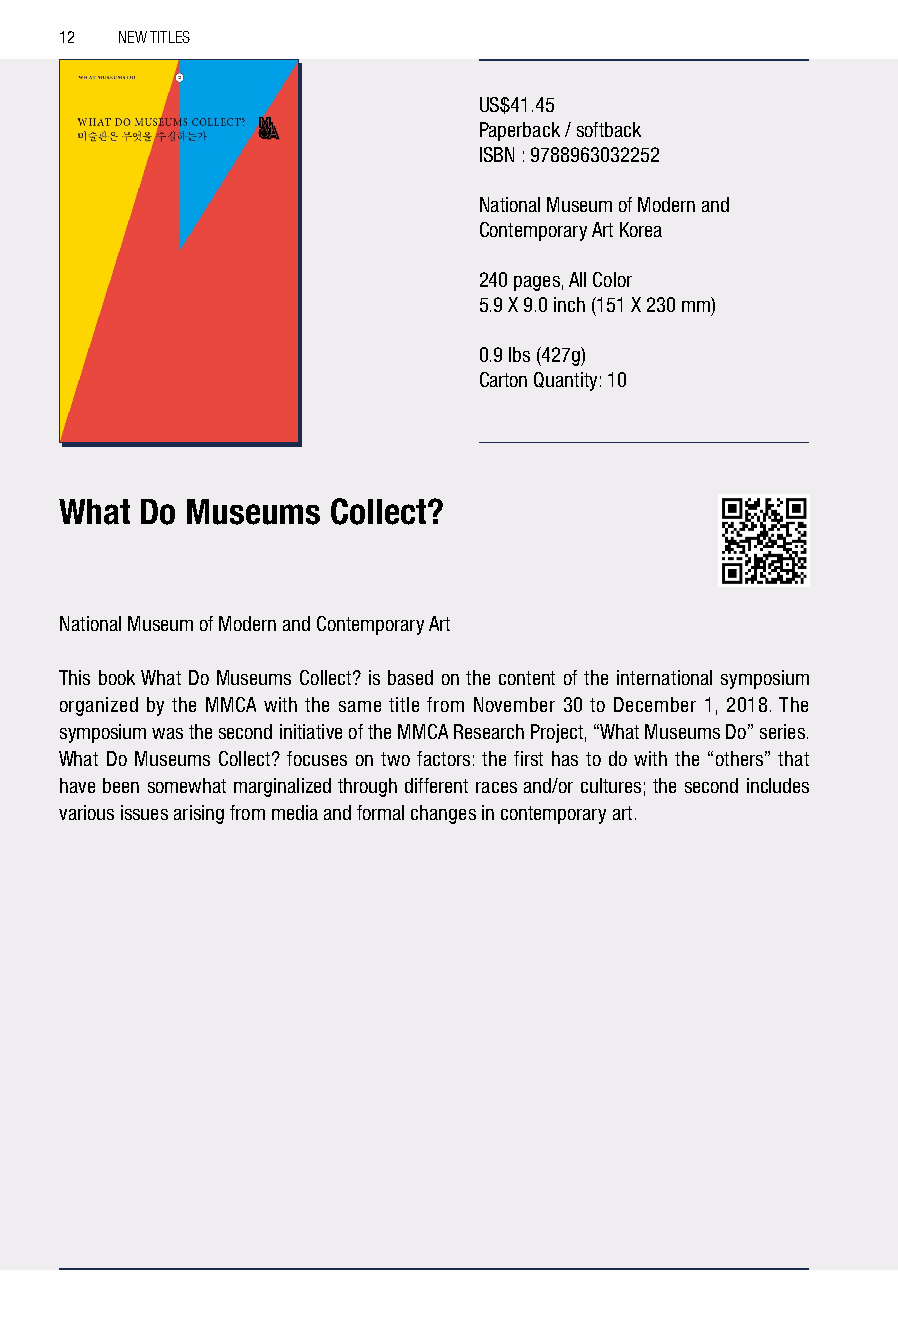
12  NEW TITLES
 US$41.45
 Paperback / softback
 ISBN : 9788963032252
 National Museum of Modern and
 Contemporary Art Korea
 240 pages, All Color
 5.9 X 9.0 inch (151 X 230 mm)
 0.9 lbs (427g)
 Carton Quantity: 10
 What Do Museums   Collect?
 National Museum of Modern and Contemporary Art
 This book What Do Museums Collect? is based on the content of the international symposium
 organized by the MMCA with the same title from November 30 to December 1, 2018. The
 symposium was the second initiative of the MMCA Research Project, “What Museums Do” series.
 What Do Museums Collect? focuses on two factors: the first has to do with the “others” that
 have been somewhat marginalized through different races and/or cultures; the second includes
 various issues arising from media and formal changes in contemporary art.